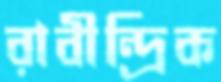
রাবীন্দ্রিক